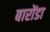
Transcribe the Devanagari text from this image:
बारोंडा